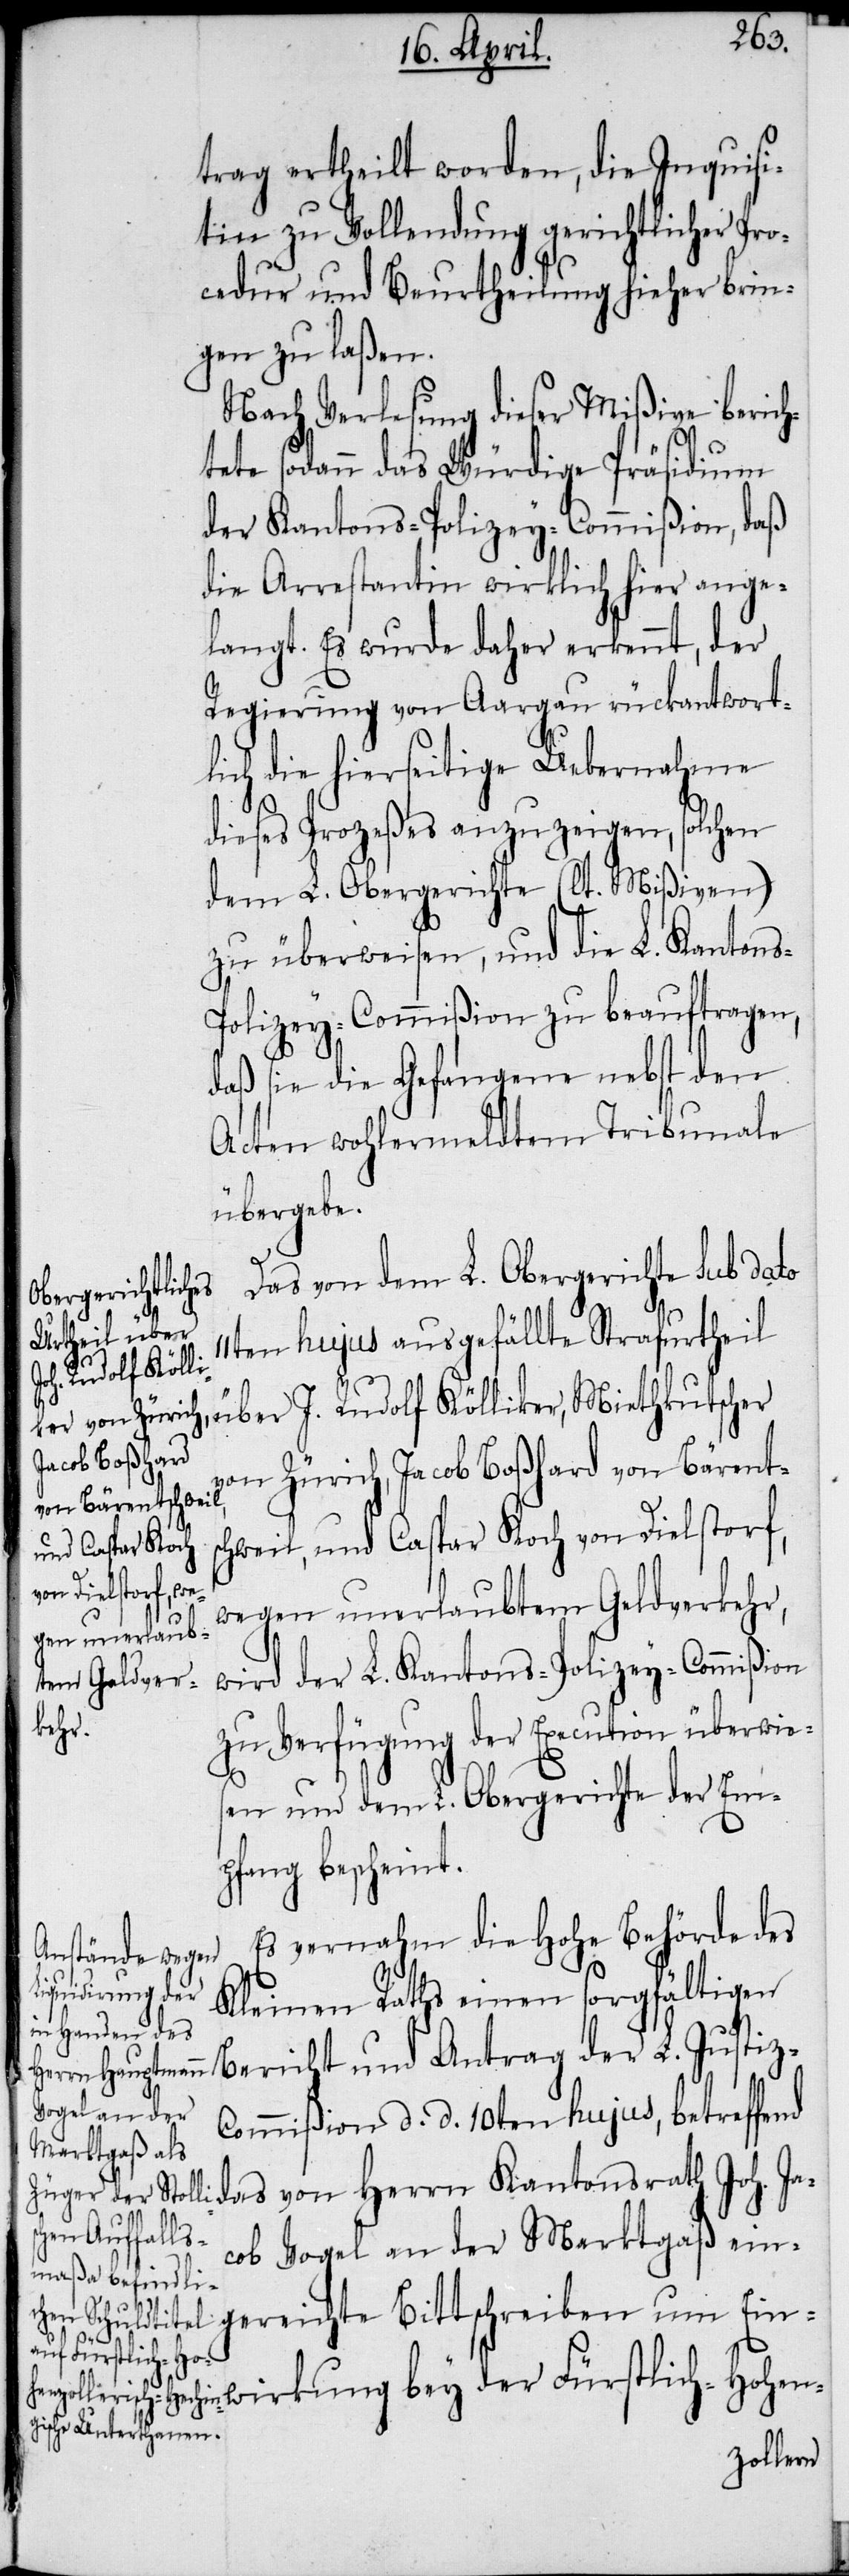
11t¬
trag ertheilt worden, die Inquisi¬
tin zu Vollendung gerichtlicher Pro¬
cedur und Beurtheilung hieher brin¬
gen zu laßen.
Nach Verlesung dieser Mißive berich¬
tete sodann das Würdige Präsidium
der Kantons-Polizey-Commißion, daß
die Arrestantin wirklich hier ange¬
langt. Es wurde daher erkennt, der
Regierung von Aargau rückantwort¬
lich die hierseitige Uebernahme
dieses Prozeßes anzuzeigen, solchen
dem L. Obergerichte (lt. Mißiven)
zu überweisen, und die L. Kantons-P¬
olizey-Commißion zu beauftragen,
daß sie die Gefangene nebst den
Acten wohlermeldtem Tribunale
übergebe.
Das von dem L. Obergerichte sub dato
en hujus ausgefällte Strafurtheil
gereichte Bitt¬
von Zürich, Jacob Boßhard von Bärents¬
chweil, und Caspar Koch von Dielstorf,
wegen unerlaubtem Geldverkehr,
wird der L. Kantons-Polizey-Commißion
schr¬
zu Verfügung der Execution überwie¬
sen und dem L. Obergerichte der Em¬
pfang bescheint.
Es vernahm die Hohe Behörde des
Kleinen Raths einen sorgfältigen
Bericht und Antrag der L. Justiz-C¬
ommißion d. d. 10ten hujus, betreffend
das von Herrn Kantonsrath Joh. Ja¬
cob Vogel an der Marktgaß ein¬
eiben um Einwirkung bey der Fürstlich-Hohen-